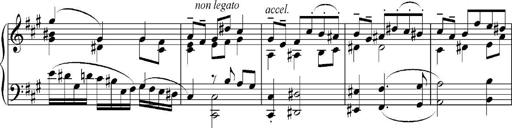
Title: Sonatina No.5
Composer: Otto Stoll
Key: F-sharp minor